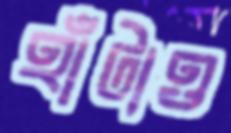
হাঁটাও